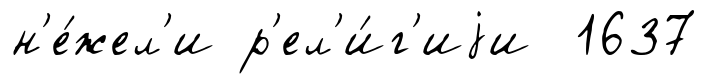
н'е́жел'и р'ел'и́г'иjи 1637